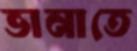
ভানাতে